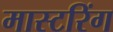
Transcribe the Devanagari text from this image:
मास्‍टरिंग